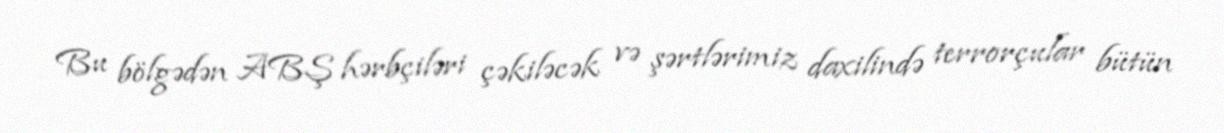
Bu bölgədən ABŞ hərbçiləri çəkiləcək və şərtlərimiz daxilində terrorçular bütün